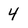
Character: 4